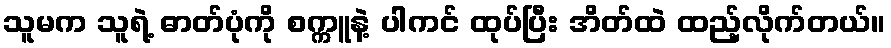
သူမက သူရဲ့ ဓာတ်ပုံကို စက္ကူနဲ့ ပါကင် ထုပ်ပြီး အိတ်ထဲ ထည့်လိုက်တယ်။